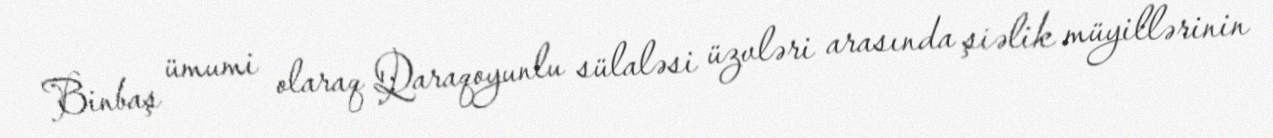
Binbaş ümumi olaraq Qaraqoyunlu sülaləsi üzvləri arasında şiəlik müyillərinin